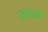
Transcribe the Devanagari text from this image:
रम्याने